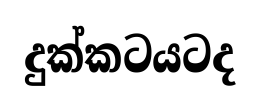
දුක්කටයටද